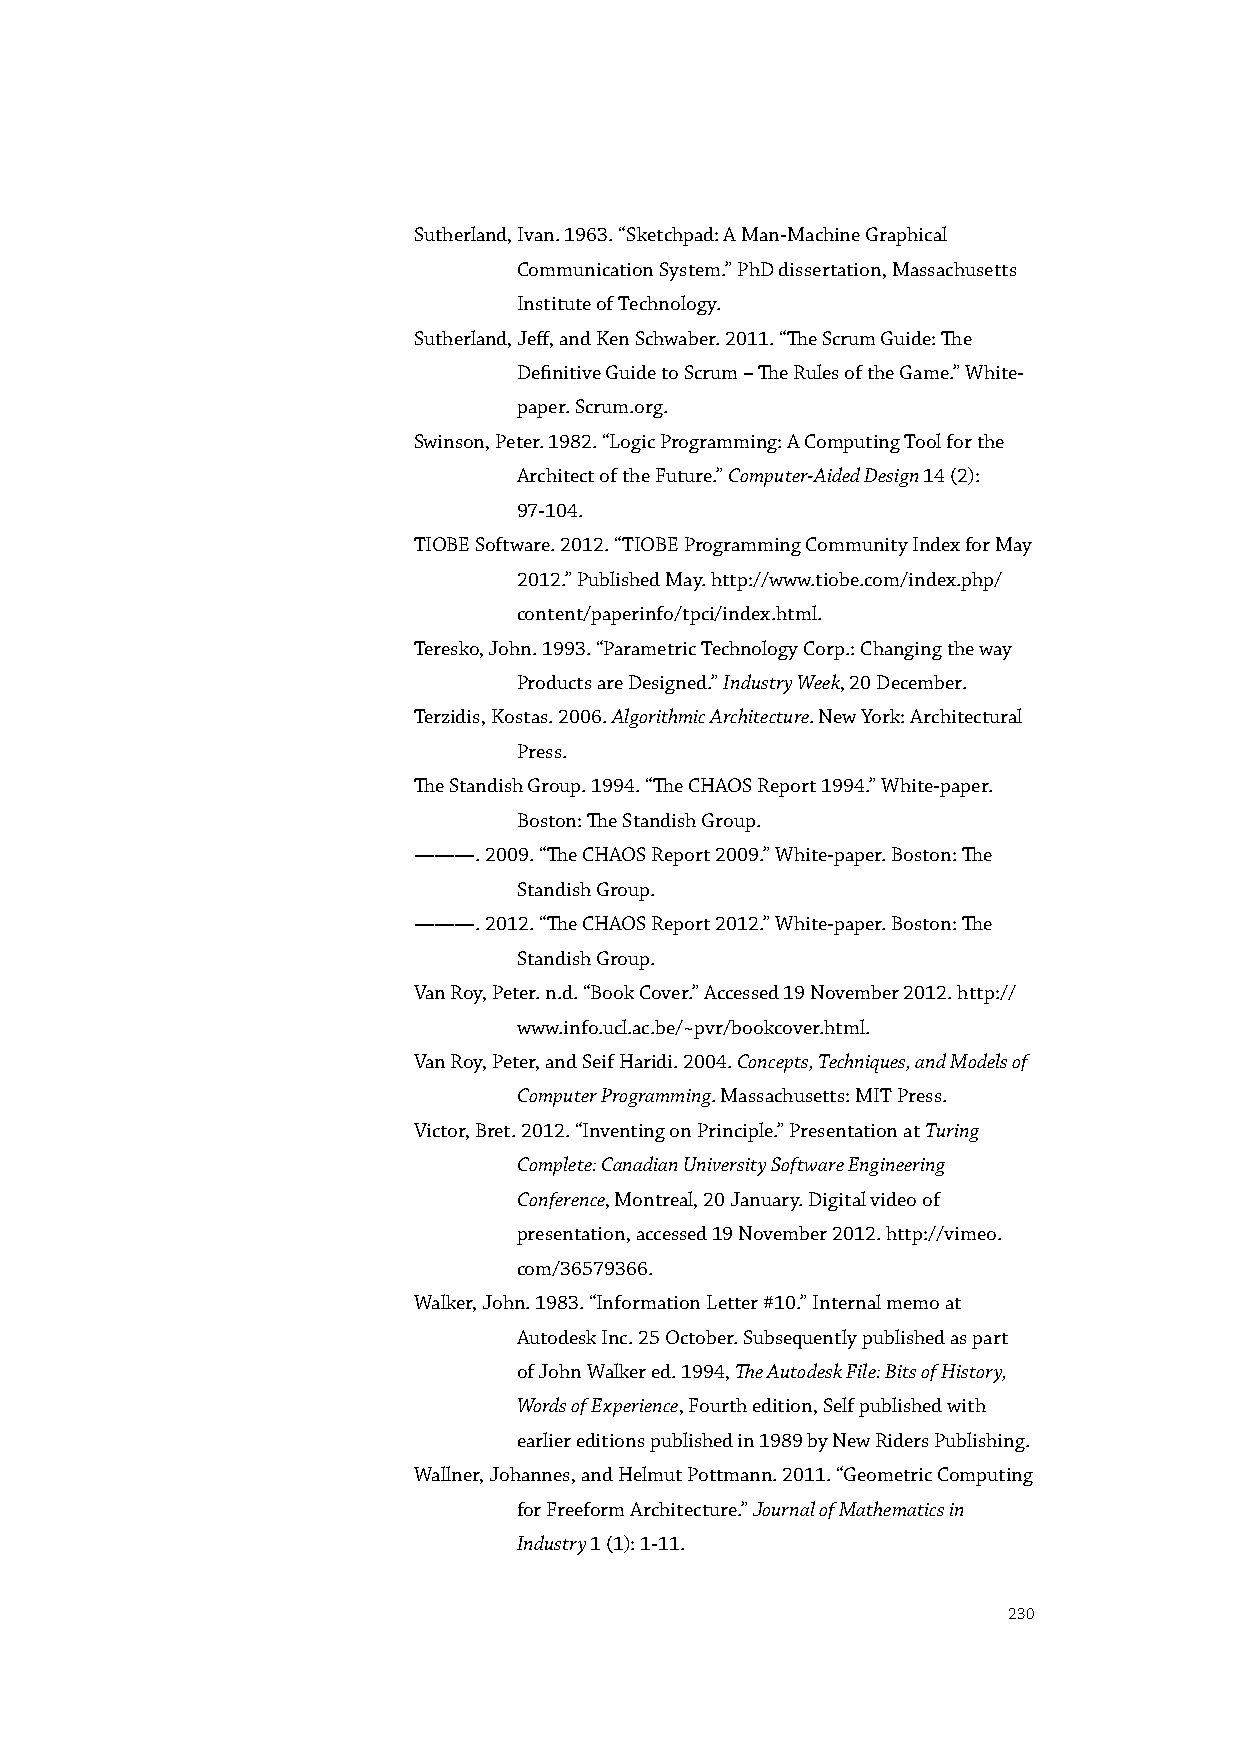
Sutherland, Ivan. 1963. “Sketchpad: A Man-Machine Graphical
 Communication System.” PhD dissertation, Massachusetts
 Institute of Technology.
 Sutherland, Jeff, and Ken Schwaber. 2011. “The Scrum Guide: The
 Definitive Guide to Scrum – The Rules of the Game.” White-
 paper. Scrum.org.
 Swinson, Peter. 1982. “Logic Programming: A Computing Tool for the
 Architect of the Future.” Computer-Aided Design 14 (2):
 97-104.
 TIOBE Software. 2012. “TIOBE Programming Community Index for May
 2012.” Published May. http://www.tiobe.com/index.php/
 content/paperinfo/tpci/index.html.
 Teresko, John. 1993. “Parametric Technology Corp.: Changing the way
 Products are Designed.” Industry Week, 20 December.
 Terzidis, Kostas. 2006. Algorithmic Architecture. New York: Architectural
 Press.
 The Standish Group. 1994. “The CHAOS Report 1994.” White-paper.
 Boston: The Standish Group.
 ———. 2009. “The CHAOS Report 2009.” White-paper. Boston: The
 Standish Group.
 ———. 2012. “The CHAOS Report 2012.” White-paper. Boston: The
 Standish Group.
 Van Roy, Peter. n.d. “Book Cover.” Accessed 19 November 2012. http://
 www.info.ucl.ac.be/~pvr/bookcover.html.
 Van Roy, Peter, and Seif Haridi. 2004. Concepts, Techniques, and Models of
 Computer Programming. Massachusetts: MIT Press.
 Victor, Bret. 2012. “Inventing on Principle.” Presentation at Turing
 Complete: Canadian University Software Engineering
 Conference, Montreal, 20 January. Digital video of
 presentation, accessed 19 November 2012. http://vimeo.
 com/36579366.
 Walker, John. 1983. “Information Letter #10.” Internal memo at
 Autodesk Inc. 25 October. Subsequently published as part
 of John Walker ed. 1994, The Autodesk File: Bits of History,
 Words of Experience, Fourth edition, Self published with
 earlier editions published in 1989 by New Riders Publishing.
 Wallner, Johannes, and Helmut Pottmann. 2011. “Geometric Computing
 for Freeform Architecture.” Journal of Mathematics in
 Industry 1 (1): 1-11.
 230